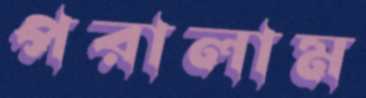
পরালাম